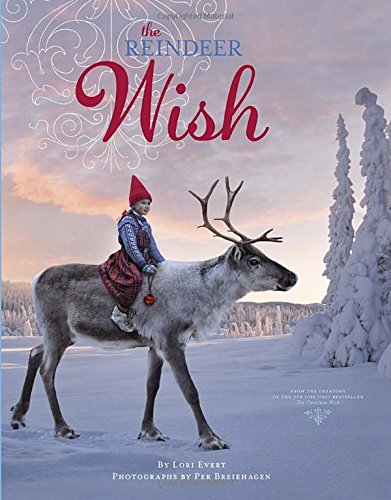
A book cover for The Reindeer Wish; Lori Evert; Children's Books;